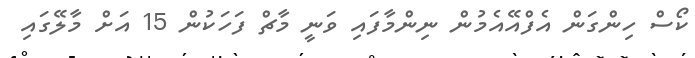
ކޯސް ހިންގަން އެފްއޭއެމުން ނިންމާފައި ވަނީ މާޗް ފަހަކުން 15 އަށް މާލޭގައި